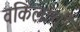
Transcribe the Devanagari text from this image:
वकिलांची